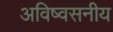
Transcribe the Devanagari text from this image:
अविष्वसनीय